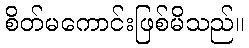
စိတ်မကောင်းဖြစ်မိသည်။